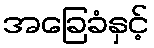
အခြေခံနှင့်